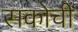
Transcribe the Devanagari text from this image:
सकोची